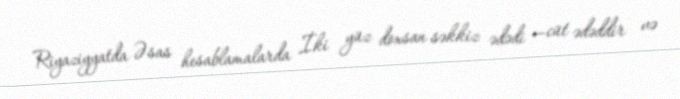
Riyaziyyatda Əsas hesablamalarda İki yüz doxsan səkkiz ədədi —cüt ədəddir və